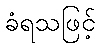
ခံရသဖြင့်